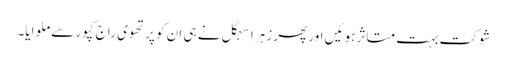
شوکت بہت متاثر ہوئیں اور پھر زہرا سہگل نے ہی ان کو پرتھوی راج کپور سے ملوایا۔